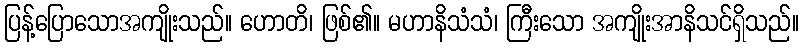
ပြန့်ပြောသောအကျိုးသည်။ ဟောတိ၊ ဖြစ်၏။ မဟာနိသံသံ၊ ကြီးသော အကျိုးအာနိသင်ရှိသည်။